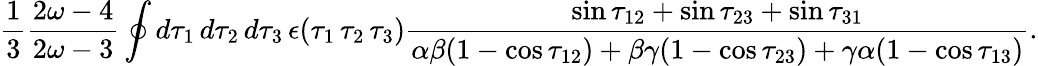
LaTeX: \frac{1}{3}\frac{2\omega-4}{2\omega-3}\oint d\tau_{1}\, d\tau_{2}\, d\tau_{3}\, \epsilon(\tau_{1}\, \tau_{2}\, \tau_{3})\frac{\sin\tau_{12}+\sin\tau_{23}+\sin\tau_{31}}{\alpha\beta(1-\cos\tau_{12})+\beta\gamma(1-\cos\tau_{23})+\gamma\alpha(1-\cos\tau_{13})}.